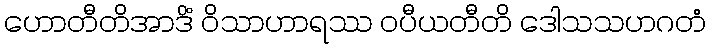
ဟောတီတိအာဒိံ ဝိသာဟာရဿ ဝပီယတီတိ ဒေါသသဟဂတံ